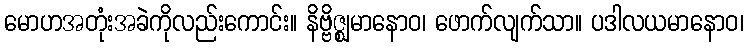
မောဟအတုံးအခဲကိုလည်းကောင်း။ နိဗ္ဗိဇ္ဈမာနောဝ၊ ဖောက်လျက်သာ။ ပဒါလယမာနောဝ၊